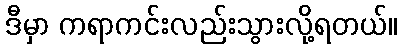
ဒီမှာ ကရာကင်းလည်းသွားလို့ရတယ်။